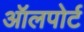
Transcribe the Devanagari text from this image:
ऑलपोर्ट